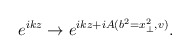
\begin{align*}e^{ikz} \rightarrow e^{ikz +iA(b^{2}=x^{2}_{\perp},v)}.\end{align*}